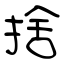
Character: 捨